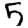
Digit: 5